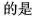
的是